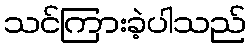
သင်ကြားခဲ့ပါသည်